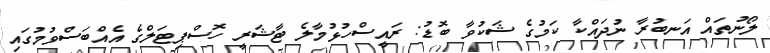
ލޯނުތައް އަނބުރާ ނުދައްކާ ކަމުގެ ޝަކުވާ ބޮޑު: ރައީސްހުޅުމާލެ ޓާޝަރީ ހޮސްޕިޓަލްގެ އެއްބަސްވުމުގައި